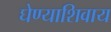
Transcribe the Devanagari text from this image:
घेण्याशिवाय